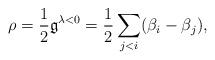
LaTeX: \begin{align*} \rho=\frac{1}{2}\mathfrak{g}^{\lambda<0}=\frac{1}{2}\sum_{j<i}(\beta_i-\beta_j),\end{align*}